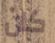
كان